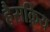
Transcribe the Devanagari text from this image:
हैसक्रिय